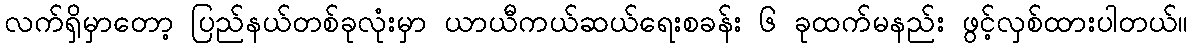
လက်ရှိမှာတော့ ပြည်နယ်တစ်ခုလုံးမှာ ယာယီကယ်ဆယ်ရေးစခန်း ၆ ခုထက်မနည်း ဖွင့်လှစ်ထားပါတယ်။